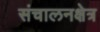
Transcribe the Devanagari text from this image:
संचालनक्षेत्र